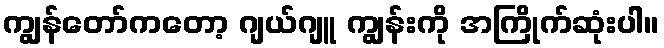
ကျွန်တော်ကတော့ ဂျယ်ဂျူ ကျွန်းကို အကြိုက်ဆုံးပါ။